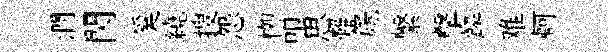
澗閃奚繞搜怨栁叩思難篪繋擊鱗难軻